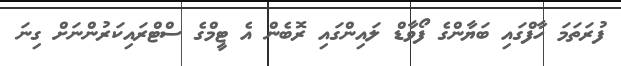
ފުރަތަމަ ހާފްގައި ބަޔާންގެ ފޯވާޑް ލައިންގައި ރޮބެން އެ ޓީމްގެ ސްޓްރައިކަރުންނަށް ގިނަ